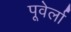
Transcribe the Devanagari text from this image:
पूवेर्ला